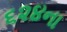
૬૨૪ના